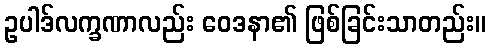
ဥပါဒ်လက္ခဏာလည်း ဝေဒနာ၏ ဖြစ်ခြင်းသာတည်း။